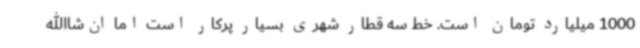
1000 میلیارد تومان است. خط سه قطار شهری بسیار پرکار است اما ان‌شا‌الله